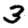
Digit: 3